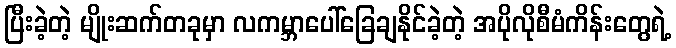
ပြီးခဲ့တဲ့ မျိုးဆက်တခုမှာ လကမ္ဘာပေါ်ခြေချနိုင်ခဲ့တဲ့ အပိုလိုစီမံကိန်းတွေရဲ့